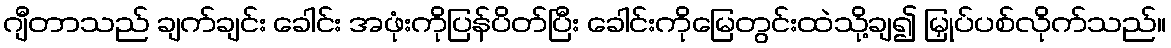
ဂျီတာသည် ချက်ချင်း ခေါင်း အဖုံးကိုပြန်ပိတ်ပြီး ခေါင်းကိုမြေတွင်းထဲသို့ချ၍ မြှုပ်ပစ်လိုက်သည်။